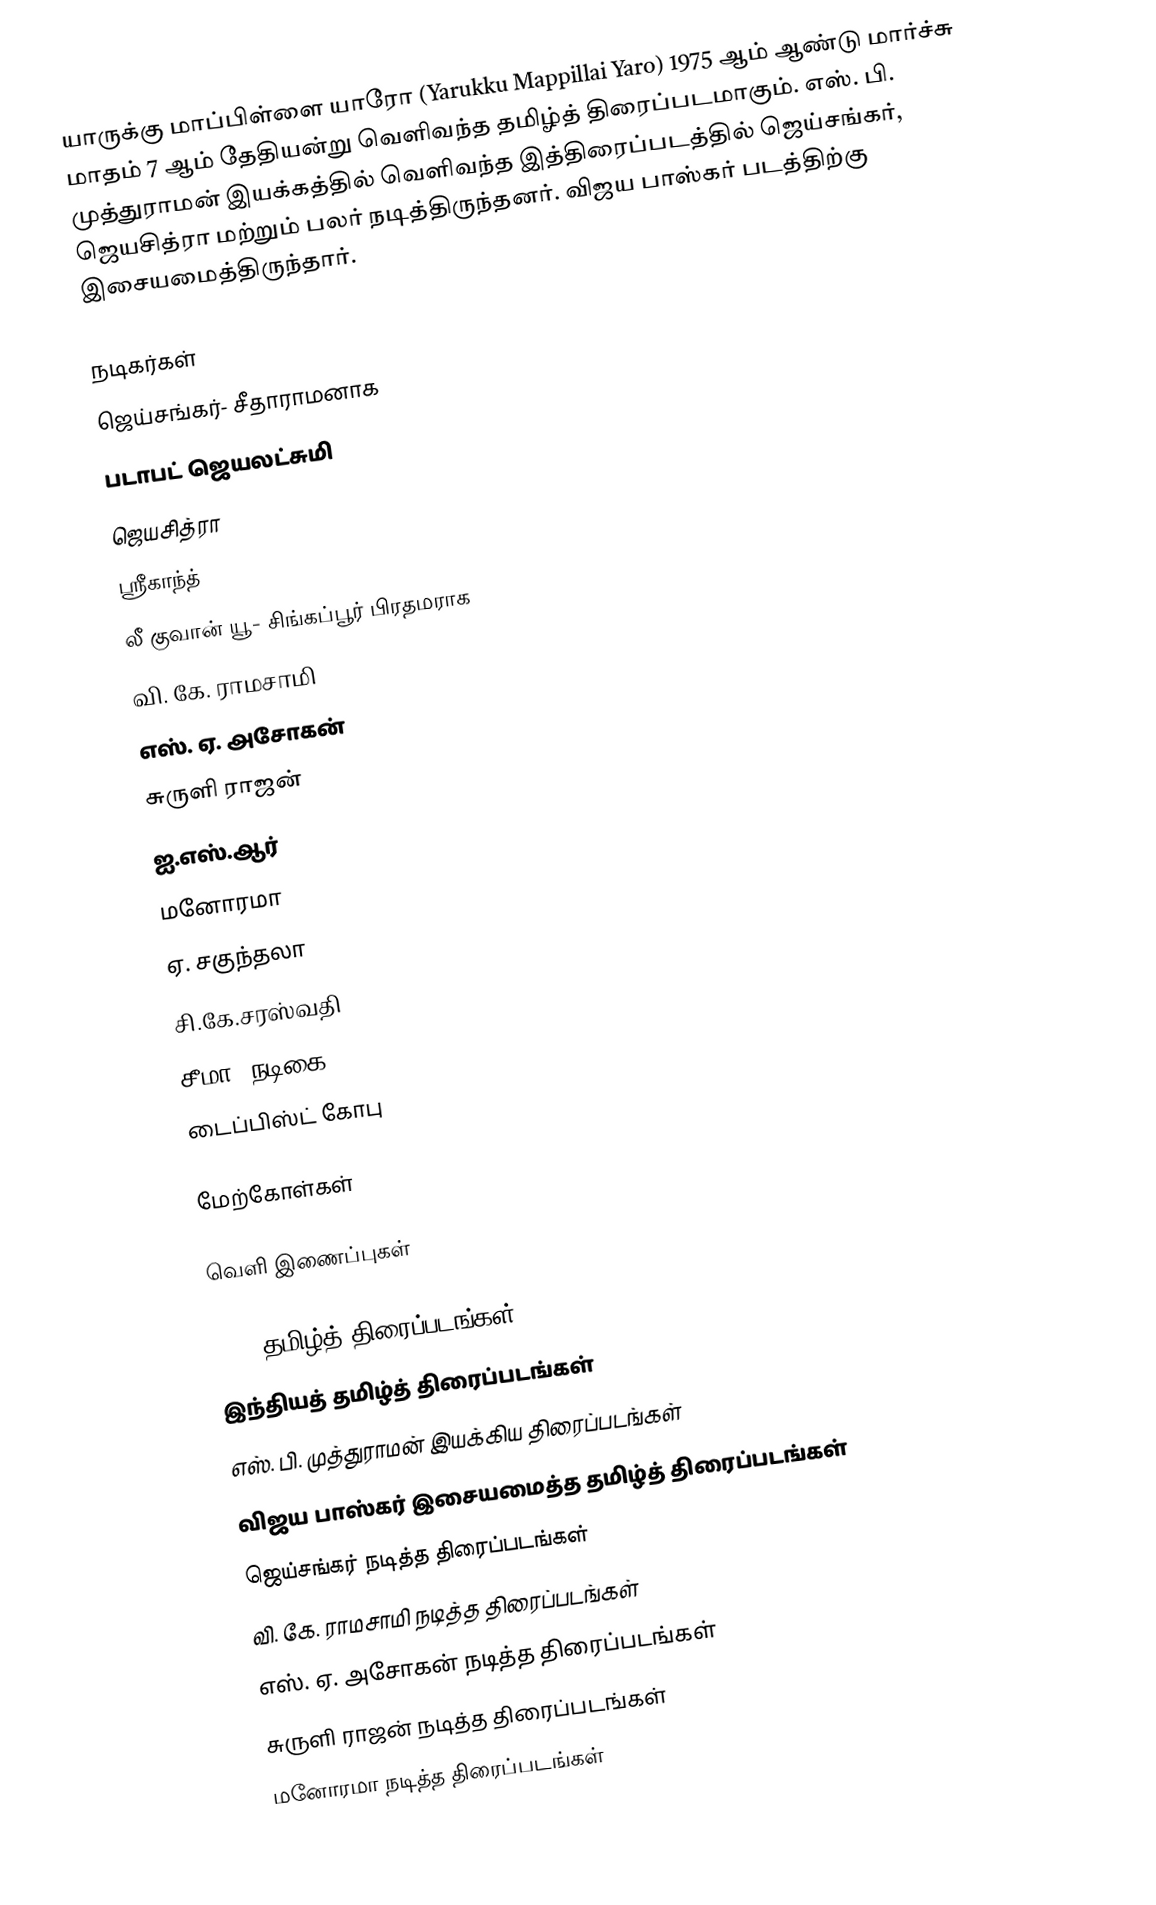
யாருக்கு மாப்பிள்ளை யாரோ (Yarukku Mappillai Yaro) 1975 ஆம் ஆண்டு மார்ச்சு மாதம் 7 ஆம் தேதியன்று வெளிவந்த தமிழ்த் திரைப்படமாகும். எஸ். பி. முத்துராமன் இயக்கத்தில் வெளிவந்த இத்திரைப்படத்தில் ஜெய்சங்கர், ஜெயசித்ரா மற்றும் பலர் நடித்திருந்தனர். விஜய பாஸ்கர் படத்திற்கு இசையமைத்திருந்தார்.

நடிகர்கள்
 ஜெய்சங்கர்- சீதாராமனாக
 படாபட் ஜெயலட்சுமி
 ஜெயசித்ரா
 ஸ்ரீகாந்த்
  லீ குவான் யூ- சிங்கப்பூர் பிரதமராக
 வி. கே. ராமசாமி
 எஸ். ஏ. அசோகன்
 சுருளி ராஜன்
 ஐ.எஸ்.ஆர்
 மனோரமா
 ஏ. சகுந்தலா
 சி.கே.சரஸ்வதி
 சீமா (நடிகை)
 டைப்பிஸ்ட் கோபு

மேற்கோள்கள்

வெளி இணைப்புகள்

1975 தமிழ்த் திரைப்படங்கள்
இந்தியத் தமிழ்த் திரைப்படங்கள்
எஸ். பி. முத்துராமன் இயக்கிய திரைப்படங்கள்
விஜய பாஸ்கர் இசையமைத்த தமிழ்த் திரைப்படங்கள்
ஜெய்சங்கர் நடித்த திரைப்படங்கள்
வி. கே. ராமசாமி நடித்த திரைப்படங்கள்
எஸ். ஏ. அசோகன் நடித்த திரைப்படங்கள்
சுருளி ராஜன் நடித்த திரைப்படங்கள்
மனோரமா நடித்த திரைப்படங்கள்